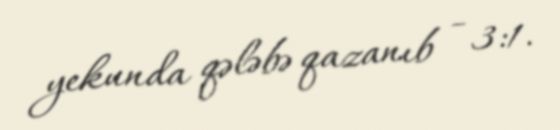
yekunda qələbə qazanıb - 3:1.